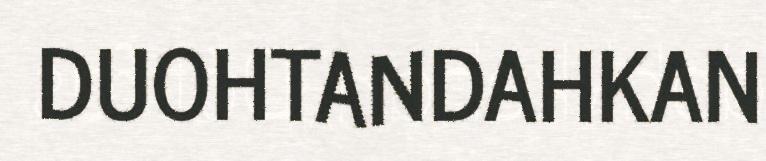
DUOHTANDAHKAN